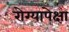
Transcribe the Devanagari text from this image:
रोग्यापेक्षा